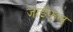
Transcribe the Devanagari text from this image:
जाईफल